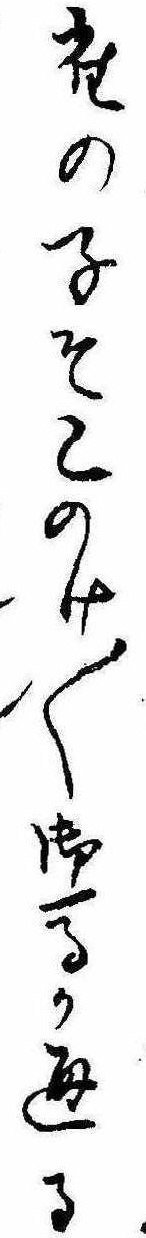
雀の子そこのけ〱御馬か通る